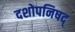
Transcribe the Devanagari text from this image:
दशोपनिषद्